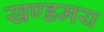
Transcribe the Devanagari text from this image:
खण्डमय